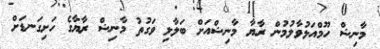
މާނިޝް ހޫމްއަޅުވާލުމުން ރާޔާ މާނިޝްއަށް ބަލާލި ވަގުތު މާނިޝް ރާޔާގެ ހަށިގަނޑަށް